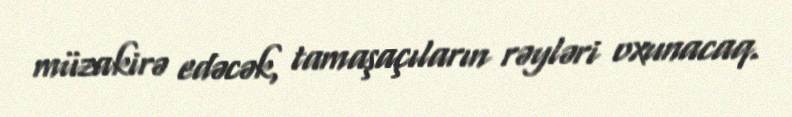
müzakirə edəcək, tamaşaçıların rəyləri oxunacaq.